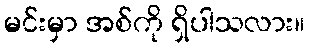
မင်းမှာ အစ်ကို ရှိပါသလား။